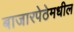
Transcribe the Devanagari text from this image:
बाजारपेठेमधील